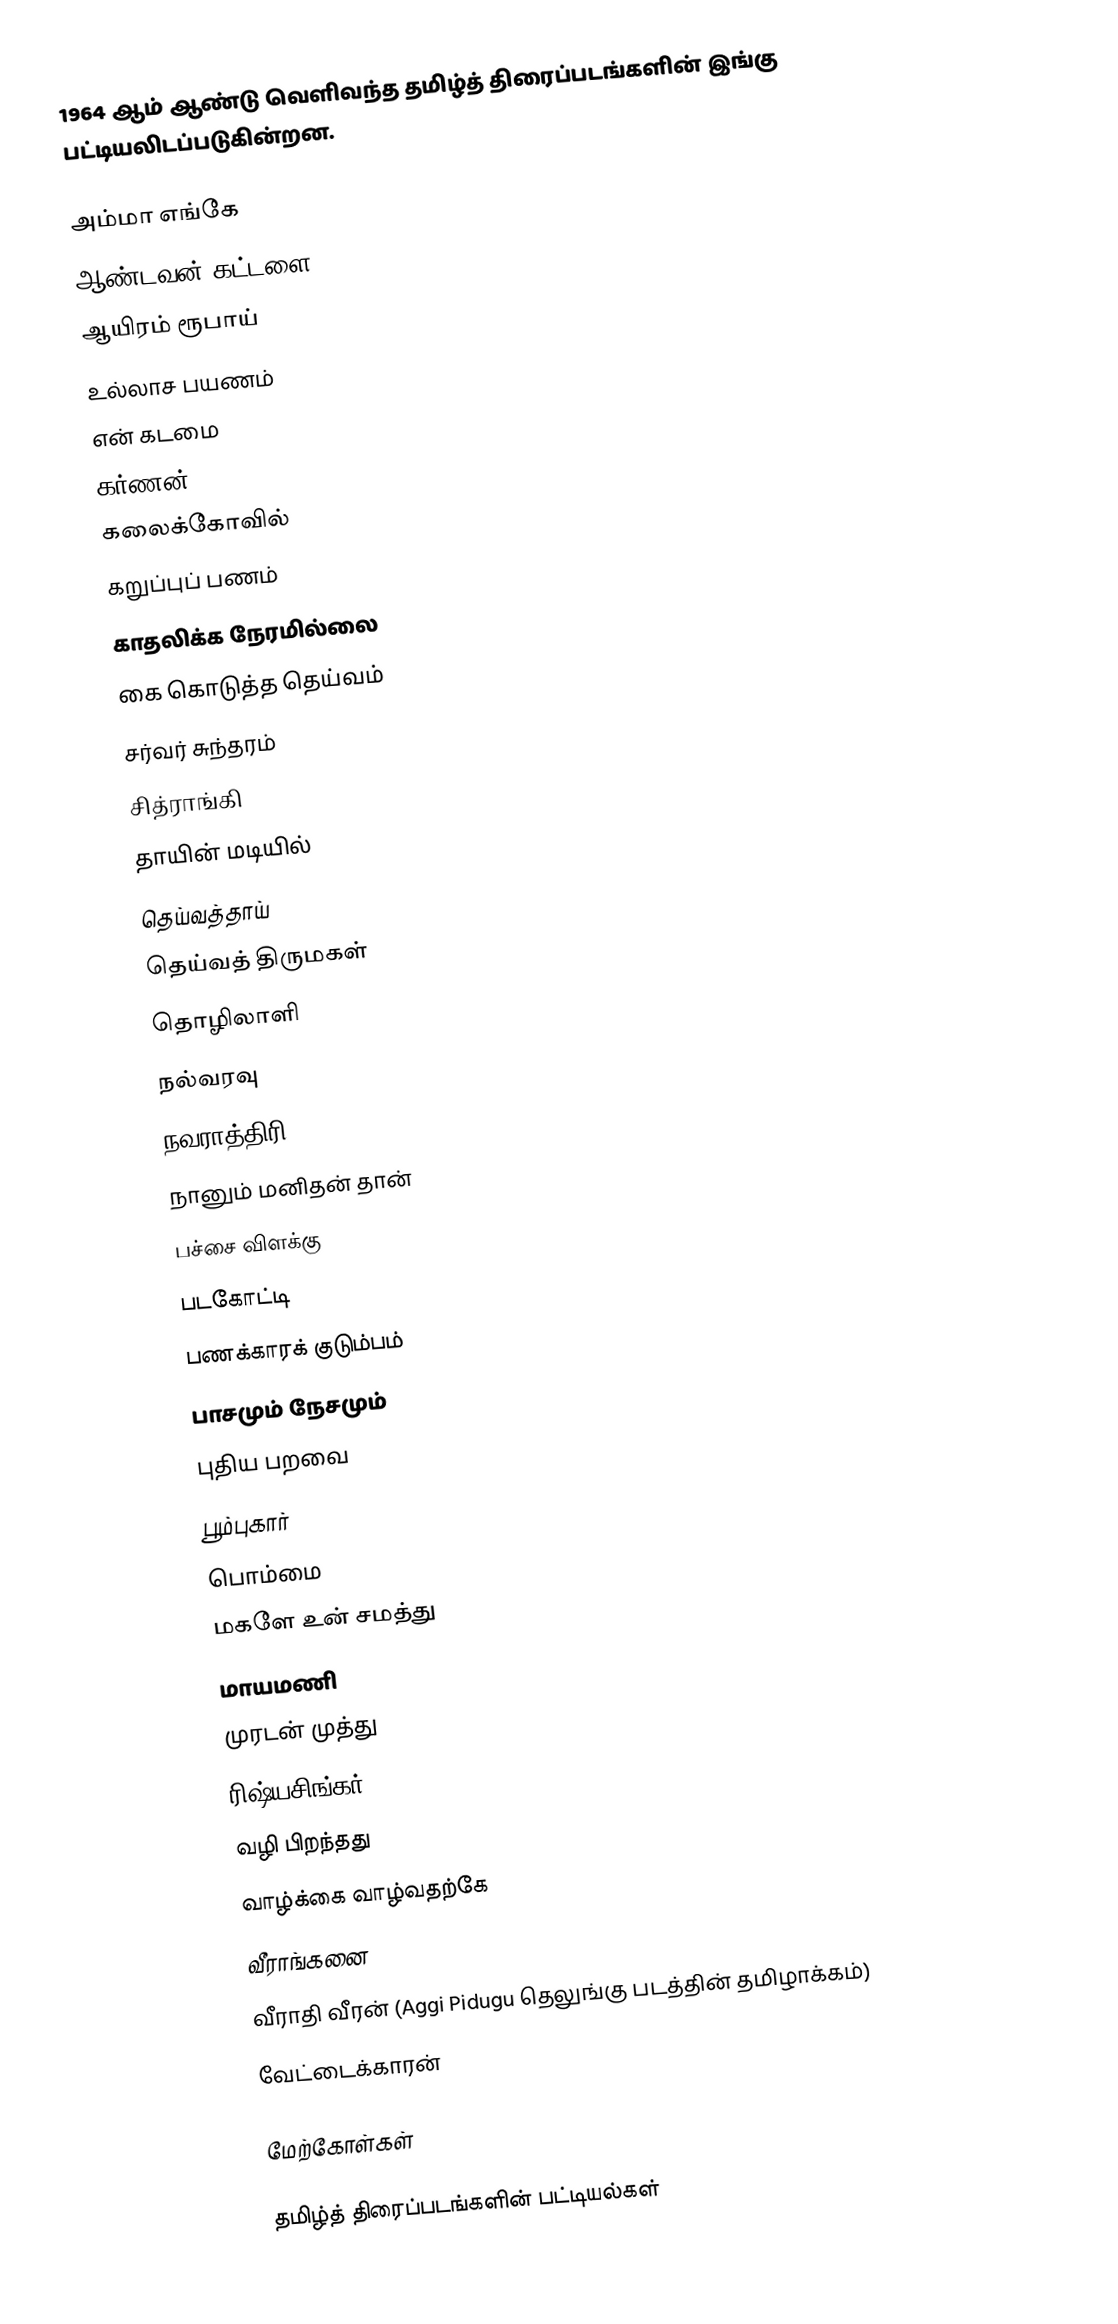
1964 ஆம் ஆண்டு வெளிவந்த தமிழ்த் திரைப்படங்களின் இங்கு பட்டியலிடப்படுகின்றன.

அம்மா எங்கே
ஆண்டவன் கட்டளை
ஆயிரம் ரூபாய்
உல்லாச பயணம்
என் கடமை
கர்ணன்
கலைக்கோவில்
கறுப்புப் பணம்
காதலிக்க நேரமில்லை
கை கொடுத்த தெய்வம்
சர்வர் சுந்தரம்
சித்ராங்கி
தாயின் மடியில்
 தெய்வத்தாய்
தெய்வத் திருமகள்
தொழிலாளி
நல்வரவு
நவராத்திரி
நானும் மனிதன் தான்
பச்சை விளக்கு
படகோட்டி
பணக்காரக் குடும்பம்
பாசமும் நேசமும்
புதிய பறவை
பூம்புகார்
பொம்மை
மகளே உன் சமத்து
மாயமணி
முரடன் முத்து
ரிஷ்யசிங்கர்
வழி பிறந்தது
வாழ்க்கை வாழ்வதற்கே
வீராங்கனை
வீராதி வீரன் (Aggi Pidugu தெலுங்கு படத்தின் தமிழாக்கம்)
வேட்டைக்காரன்

மேற்கோள்கள்

தமிழ்த் திரைப்படங்களின் பட்டியல்கள்